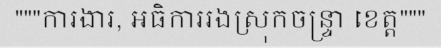
"""ការងារ, អធិការរងស្រុកចន្ទ្រា ខេត្ត"""